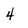
Character: 4